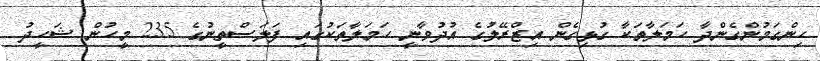
ހިންގަމުންގެންދާ ހަމަލާތަކާ ގުޅިގެން އިޒްރޭލުގެ އުދުވާނީ ހަމަލާތަކުގައި ފަލަސްތީނުގެ 235 މީހުން ޝަހީދު